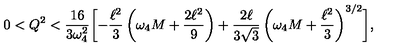
0 < Q ^ { 2 } < \frac { 1 6 } { 3 \omega _ { 4 } ^ { 2 } } \biggl [ - \frac { \ell ^ { 2 } } { 3 } \left( \omega _ { 4 } M + \frac { 2 \ell ^ { 2 } } { 9 } \right) + \frac { 2 \ell } { 3 \sqrt { 3 } } \left( \omega _ { 4 } M + \frac { \ell ^ { 2 } } { 3 } \right) ^ { 3 / 2 } \biggr ] ,